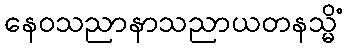
နေဝသညာနာသညာယတနသ္မိံ